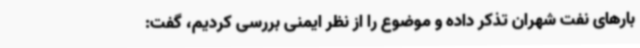
بارهای نفت شهران تذکر داده و موضوع را از نظر ایمنی بررسی کردیم، گفت: